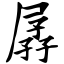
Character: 孱